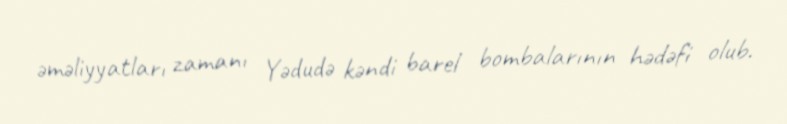
əməliyyatları zamanı Yədudə kəndi barel bombalarının hədəfi olub.